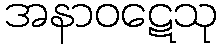
အနာဝဋေသု